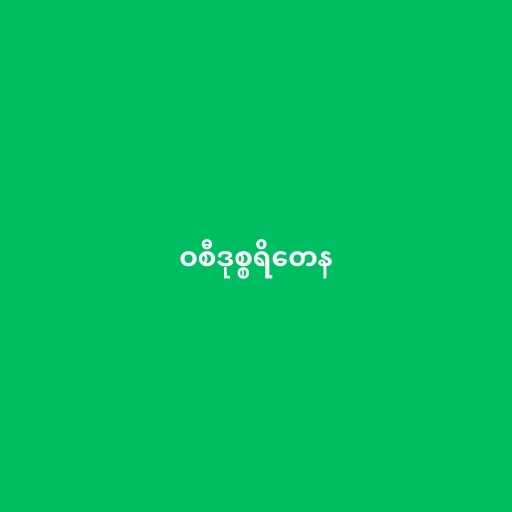
ဝစီဒုစ္စရိတေန